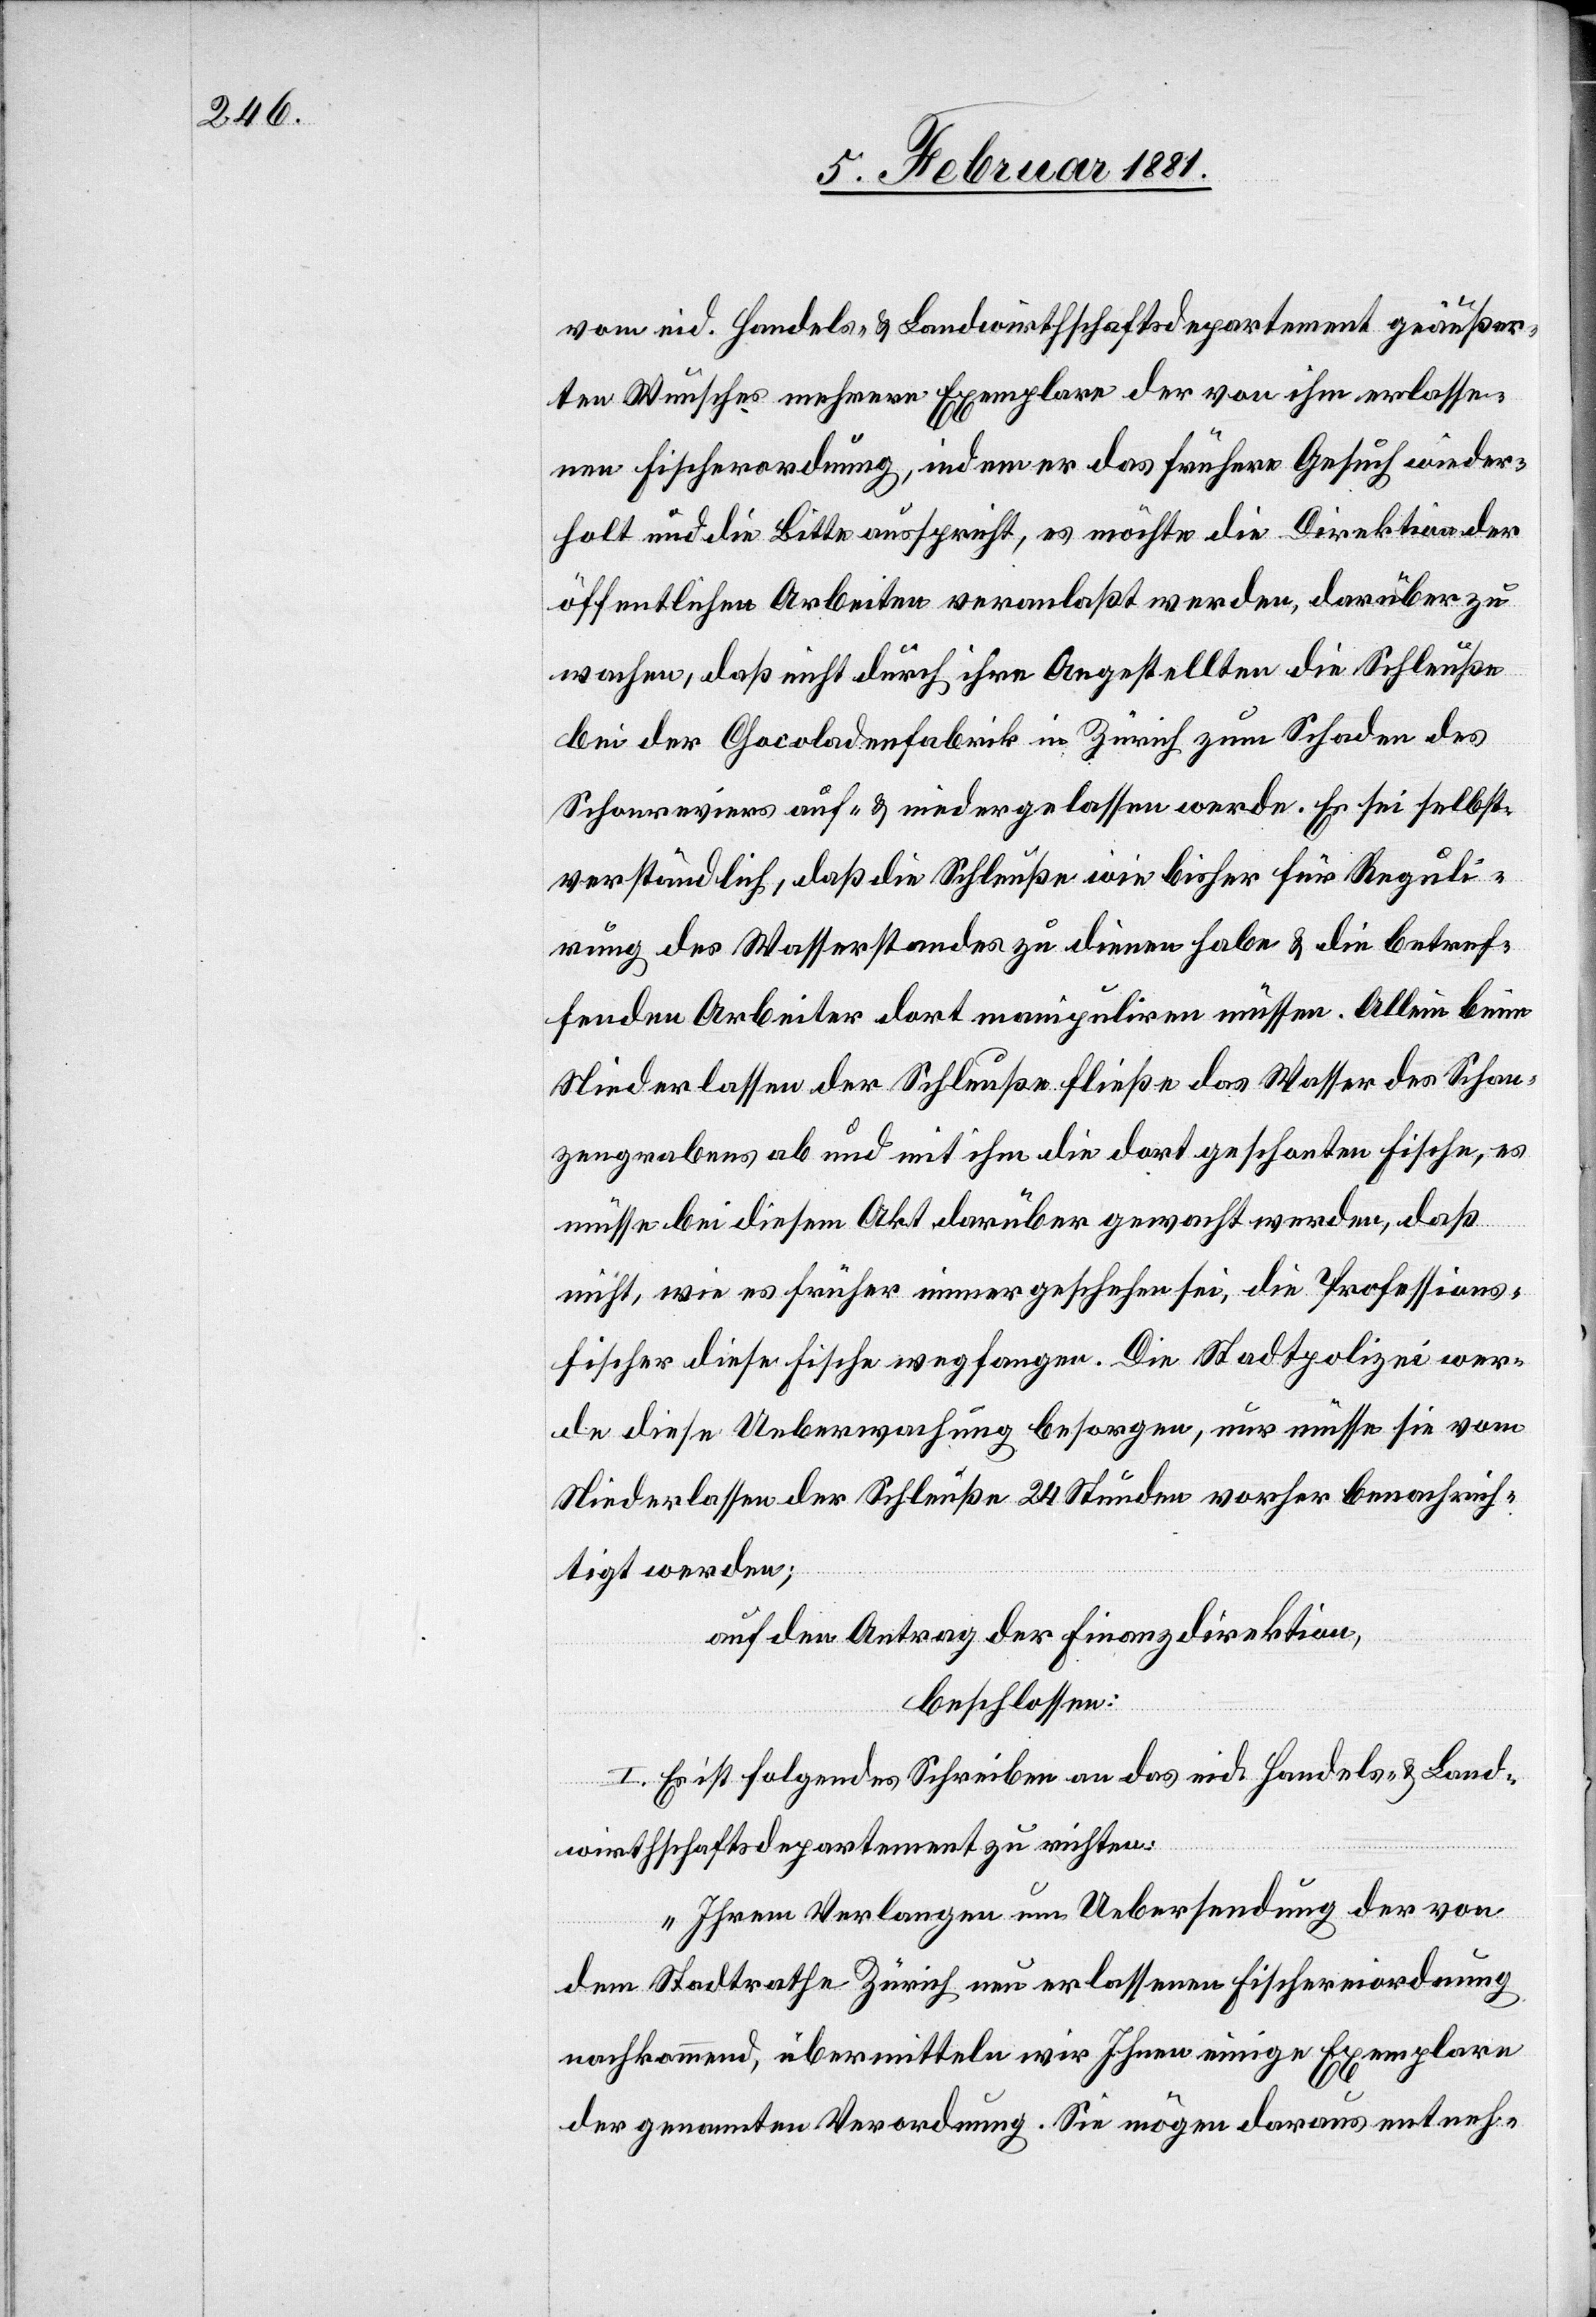
vom eid. Handels- & Landwirthschaftsdepartement geäußer¬
ten Wunsch mehrere Exemplare der von ihm erlasse¬
nen Fischordnung, indem er das frühere Gesuch wieder¬
holt und die Bitte ausspricht, es möchte die Direktion der
öffentlichen Arbeiten veranlaßt werden, darüber zu
wachen, daß nicht durch ihre Angestellten die Schleuße
bei der Chocoladenfabrik in Zürich zum Schaden des
Schonreviers auf- & niedergelassen werde. Es sei selbst¬
verständlich, daß die Schleuße wie bisher für Reguli¬
rung des Wasserstandes zu dienen habe & die betref¬
fenden Arbeiter dort manipuliren müssen. Allein beim
Niederlassen der Schleuße fließe das Wasser des Schan¬
zengrabens ab und mit ihm die dort geschonten Fische, es
müsse bei diesem Akt darüber gewacht werden, daß,
nicht, wie es früher immer geschehen sei, die Professionsf¬
ischer diese Ueberwachung besorgen, nur müsse sie vom
Niederlassen der Schleuße 24 Stunden vorher benachrich¬
tigt werden;
auf den Antrag der Finanzdirektion,
beschlossen:
I. Es ist folgendes Schreiben an das eid. Handels- & Land¬
wirthschaftsdepartement zu richten:
„Ihrem Verlangen um Uebersendung der von
dem Stadtrathe Zürich neu erlassenen Fischereiordnung
nachkommend, übermitteln wir Ihnen einige Exemplare
der genannten Verordnung. Sie mögen daraus entneh-